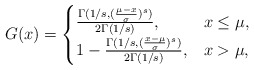
\begin{align*}G(x)=\begin{cases}\frac{\Gamma(1/s, (\frac{\mu-x}{\sigma})^s)}{2\Gamma(1/s)},& x \leq \mu,\\1-\frac{\Gamma(1/s, (\frac{x-\mu}{\sigma})^s)}{2\Gamma(1/s)},& x > \mu,\end{cases}\end{align*}